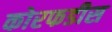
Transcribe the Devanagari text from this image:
कोरफडीस